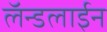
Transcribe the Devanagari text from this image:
लॅन्डलाईन